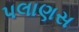
પલાણસ